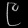
Digit: ၉